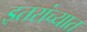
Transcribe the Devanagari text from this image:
इतरांच्यात